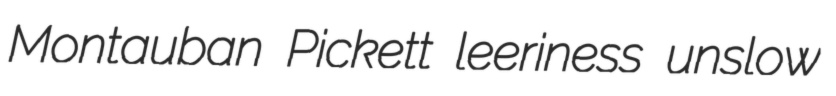
Montauban Pickett leeriness unslow